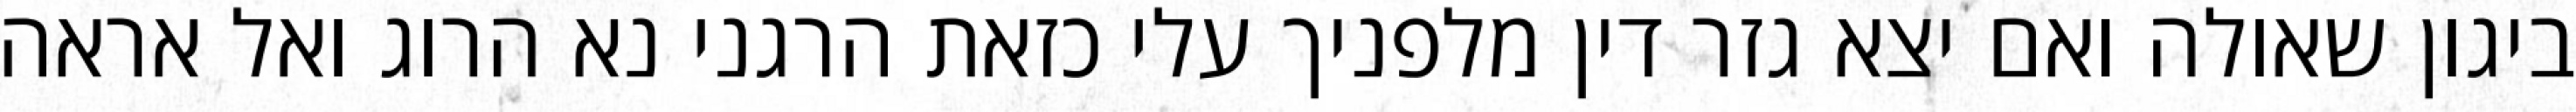
ביגון שאולה ואם יצא גזר דין מלפניך עלי כזאת הרגני נא הרוג ואל אראה